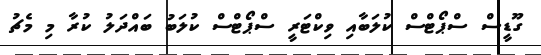
ގޫޑީސް ސްޕޯޓްސް ކުލަބާއި ވިކްޓަރީ ސްޕޯޓްސް ކުލަބު ބައްދަލު ކުރާ މި މެޗު